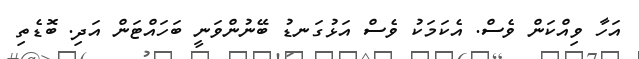
އަހާ ވިއްކަން ވެސް. އެކަމަކު ވެސް އަޅުގަނޑު ބޭނުންވަނީ ބަހައްޓަން އަދި. ބޮޑެތި